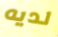
لديه